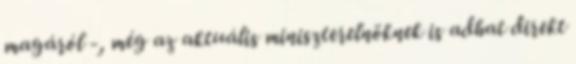
magáról -, még az ak­tuális miniszterelnöknek is adhat direkt